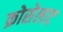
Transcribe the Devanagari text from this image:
क्रोसेलाट